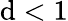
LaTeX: \mathrm{d}<1